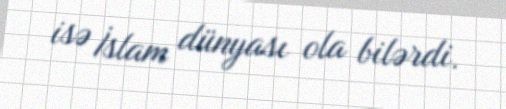
isə İslam dünyası ola bilərdi.